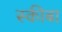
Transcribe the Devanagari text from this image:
स्कीबा